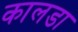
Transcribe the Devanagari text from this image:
कालडा